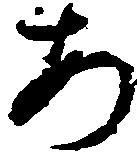
あ